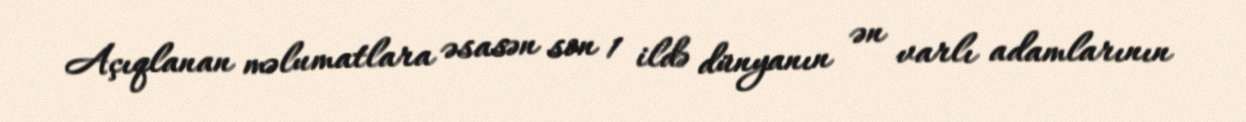
Açıqlanan məlumatlara əsasən son 1 ildə dünyanın ən varlı adamlarının